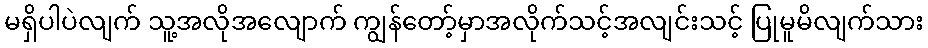
မရှိပါပဲလျက် သူ့အလိုအလျောက် ကျွန်တော့်မှာအလိုက်သင့်အလျင်းသင့် ပြုမူမိလျက်သား